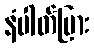
နံပါတ်ပြား